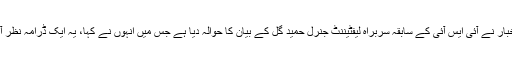
ایک اخبار نے آئی ایس آئی کے سابقہ سربراہ لیفٹیننٹ جنرل حمید گل کے بیان کا حوالہ دیا ہے جس میں انہوں نے کہا، یہ ایک ڈرامہ نظر آتا ہے۔